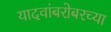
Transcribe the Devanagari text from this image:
यादवांबरोबरच्या